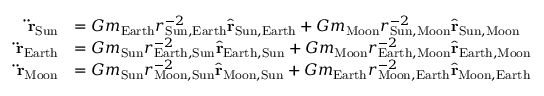
{ \begin{array} { r l } { \mathbf { \ddot { r } } _ { \mathrm { S u n } } } & { = G m _ { \mathrm { E a r t h } } r _ { { \mathrm { S u n } } , { \mathrm { E a r t h } } } ^ { - 2 } { \hat { \mathbf { r } } } _ { { \mathrm { S u n } } , { \mathrm { E a r t h } } } + G m _ { \mathrm { M o o n } } r _ { { \mathrm { S u n } } , { \mathrm { M o o n } } } ^ { - 2 } { \hat { \mathbf { r } } } _ { { \mathrm { S u n } } , { \mathrm { M o o n } } } } \\ { \mathbf { \ddot { r } } _ { \mathrm { E a r t h } } } & { = G m _ { \mathrm { S u n } } r _ { { \mathrm { E a r t h } } , { \mathrm { S u n } } } ^ { - 2 } { \hat { \mathbf { r } } } _ { { \mathrm { E a r t h } } , { \mathrm { S u n } } } + G m _ { \mathrm { M o o n } } r _ { { \mathrm { E a r t h } } , { \mathrm { M o o n } } } ^ { - 2 } { \hat { \mathbf { r } } } _ { { \mathrm { E a r t h } } , { \mathrm { M o o n } } } } \\ { \mathbf { \ddot { r } } _ { \mathrm { M o o n } } } & { = G m _ { \mathrm { S u n } } r _ { { \mathrm { M o o n } } , { \mathrm { S u n } } } ^ { - 2 } { \hat { \mathbf { r } } } _ { { \mathrm { M o o n } } , { \mathrm { S u n } } } + G m _ { \mathrm { E a r t h } } r _ { { \mathrm { M o o n } } , { \mathrm { E a r t h } } } ^ { - 2 } { \hat { \mathbf { r } } } _ { { \mathrm { M o o n } } , { \mathrm { E a r t h } } } } \end{array} }